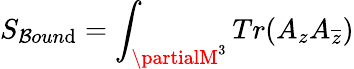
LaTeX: S_{\mathcal{B}oun\mathrm{d}}=\int_{\partialM^{3}}Tr(A_{z}A_{\overline{{{{z}}}}})